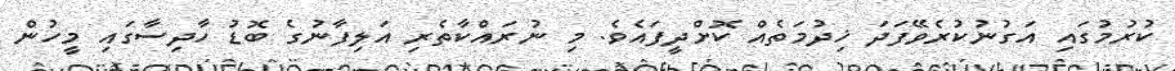
ކުރުމުގައި އަގުނުކުރެވޭފަދަ ޚިދުމަތެއް ކޮށްދީފައެވެ. މި ނުރައްކާތެރި އަލިފާނުގެ ބޮޑު ހާދިސާގައި މީހުން